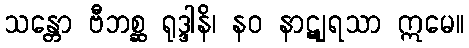
သန္တော ဗီဘစ္ဆ ရုဒ္ဒါနိ၊ နဝ နာဋျရသာ ဣမေ။